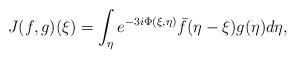
LaTeX: \begin{align*} J(f,g)(\xi) = \int_\eta e^{-3i \Phi(\xi,\eta)} \bar f(\eta- \xi) g(\eta) d\eta, \end{align*}